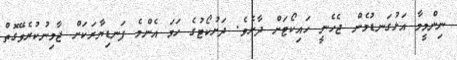
ނިންމީމާ އަޅުގަނޑުމެން ޖެހެނީ ހައިކޯޓަށް ދާށެވެ. ދަށުކޯޓުގެ ހަމަ އެންމެ ފަނޑިޔާރަކަށް ޖާމިނުކުރެވޭގޮތް